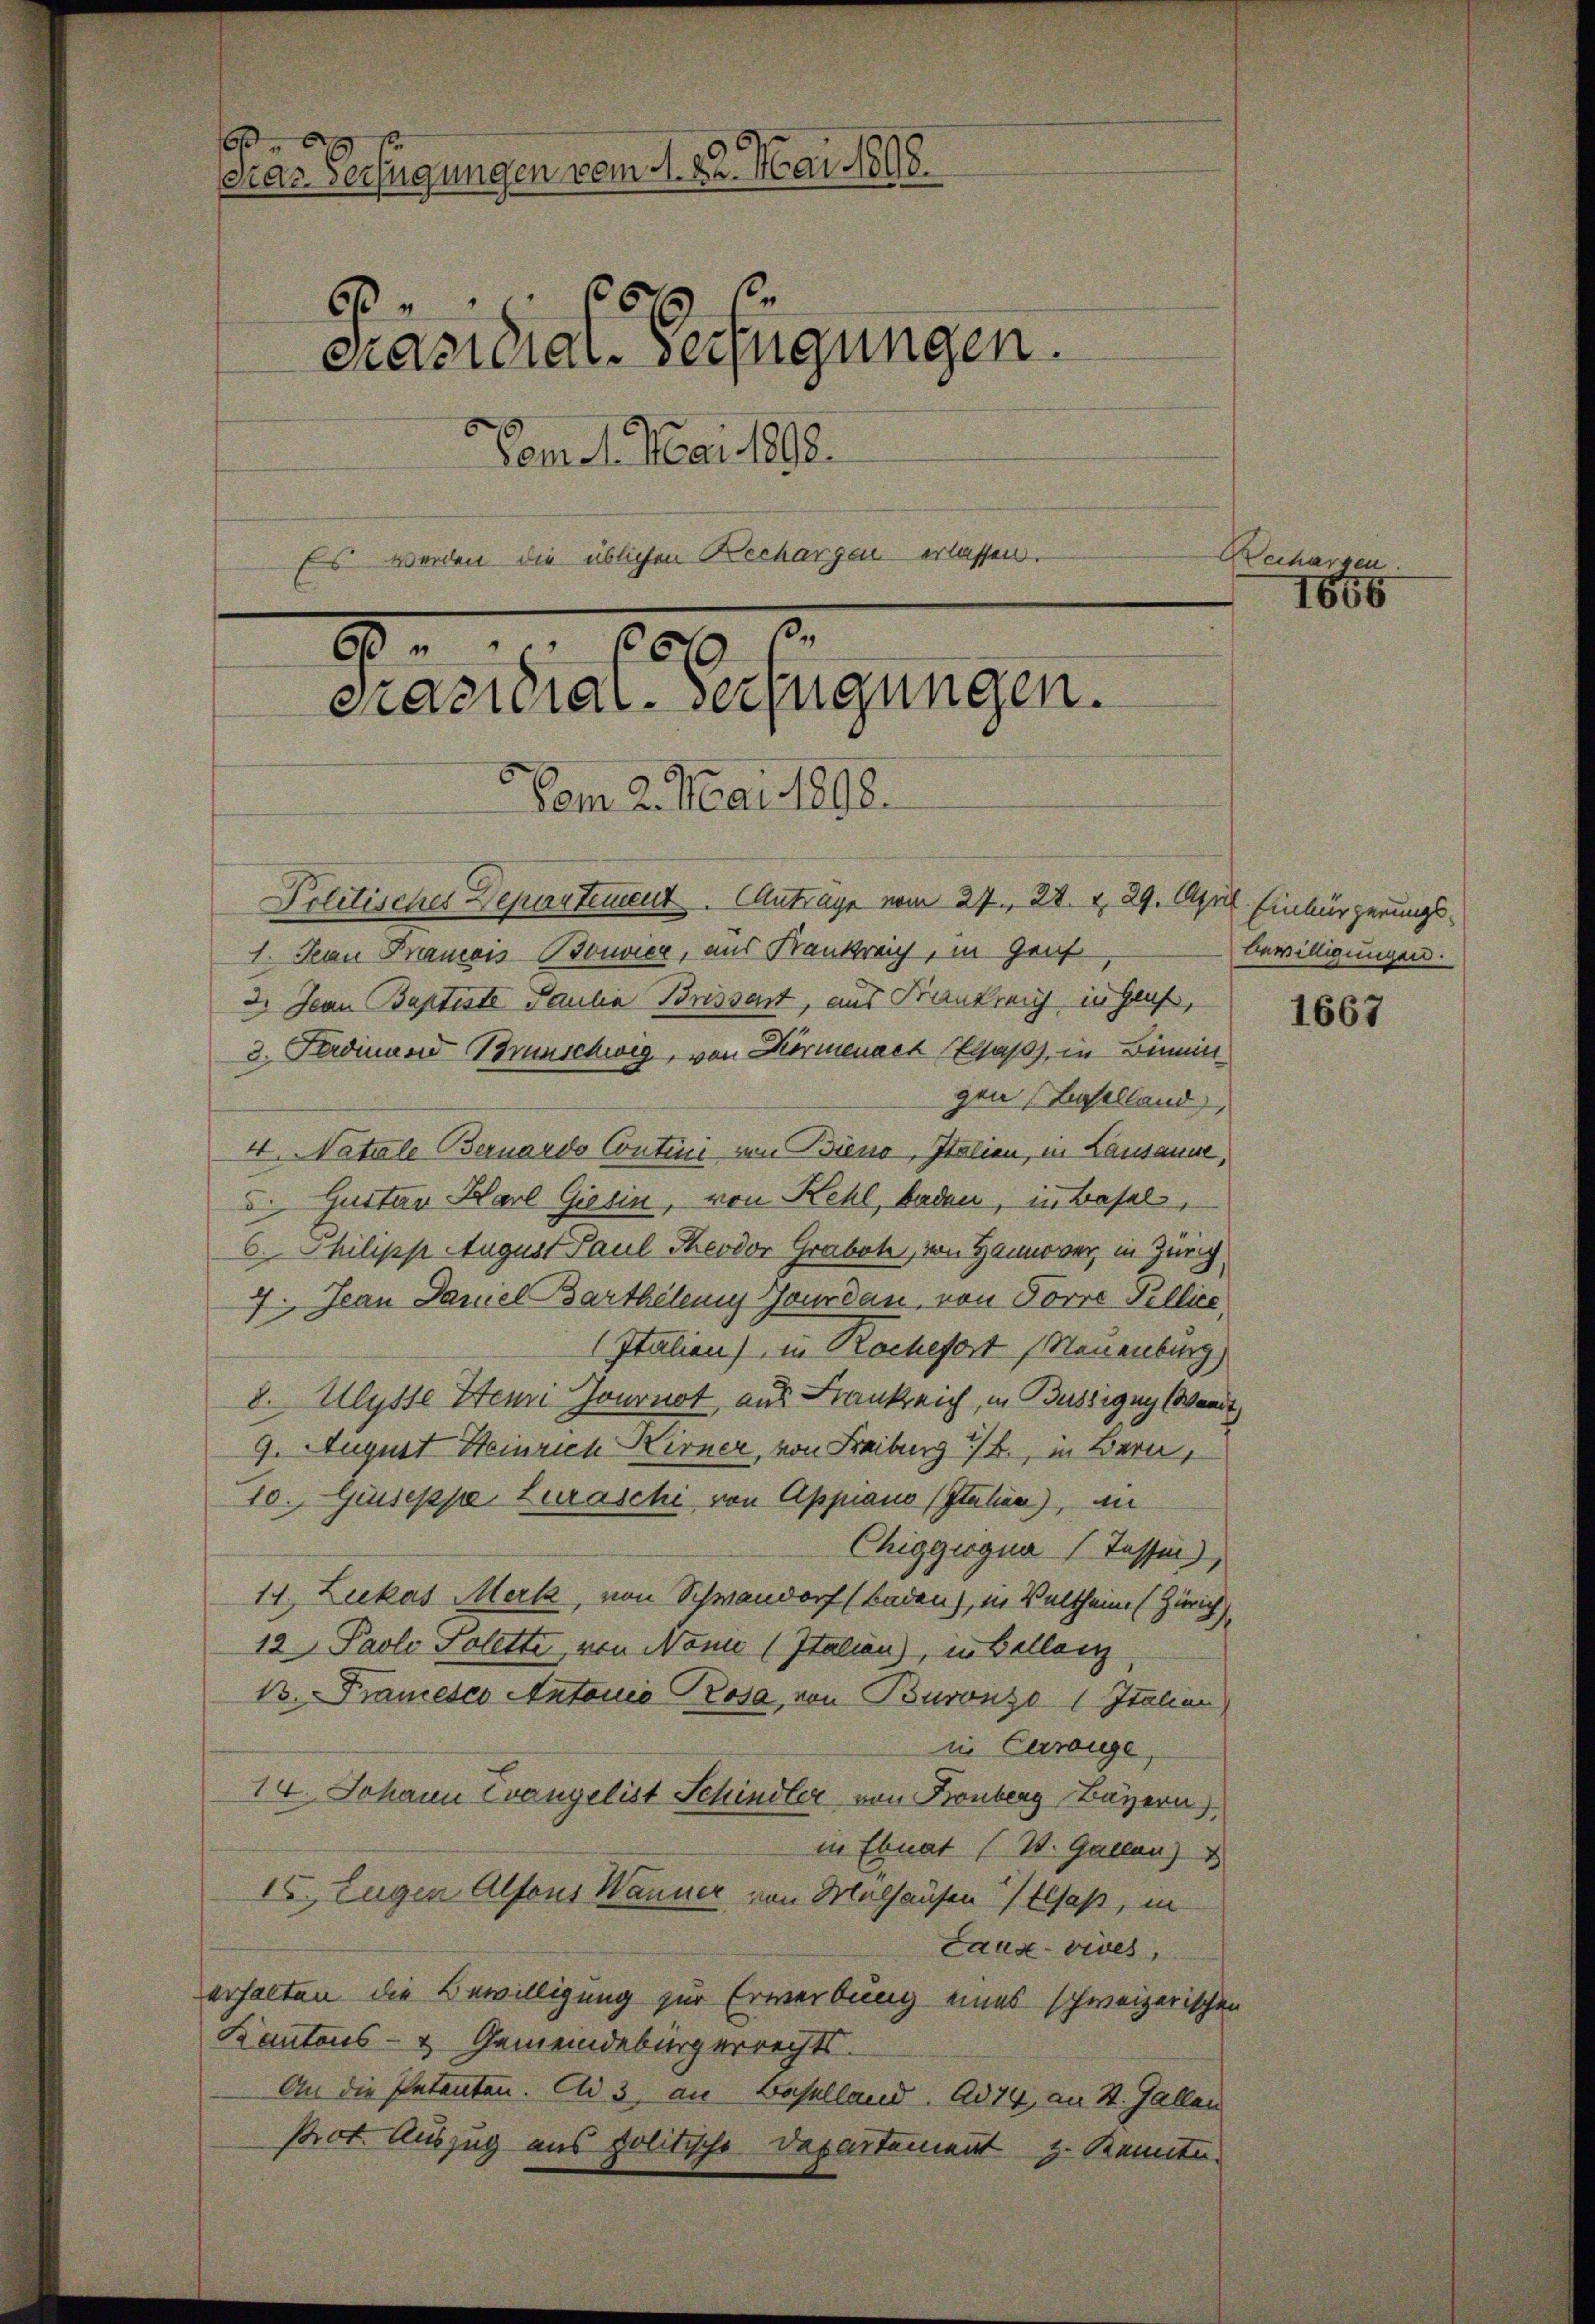
eiar Verfügungen vom 1. 22. Mai 1898.
26
6
Präsidial-Verfügungen.
Vom 1. Mai 1898.

Es werden die üblichen Bechargen erlassen.

200
80
Präsidial-Verfügungen.

Vom 2. Mai 1898.
Politisches Departement. Antrage vom 27. 28. v. 29. April. Einbürgerungs¬
1. Jean Premois Bonvier, aus Frankreich, in Geis
3. Jean Baptiste Paulia Brissent, aus Frankreich in Haus,
3. Ferdinand Brunschwig, von Körmenach Elsaß, in Binnen
gen Baselland
4. Natale Bernardo Contini von Bieno, Italien, in Lausanne,
. Gustav Karl Giesin, von Kehl, baden, in Basel,
b. Philipp August Paul Theodor Graben, von Hanover, in Zürich
7. Jean Damel darthelemy Jourdan, von Forre Tillice
Italien) in Rochefort (Neuenburg
8. Ulysse Hemi Journot, aus Frankreich, in Bussigug (Wendt
9. August Heinrich Kirner, von Freiburg i/B., in Bern,
10. Geiseppe Zuraschi von Appiano (Italien), an
Chiggiogna Tassen),
11. Lukas Merk, von Schwandorf (Baden), in Waltheim (Zürich
12 Paolo Solette, von Nonne (Italien), in Bellanz
13. Francesco Antonio Prosa, von Buronzo 1 Italien
in Carige,
14. Johann Evangelist Schindler von Bonberg Bayern)
in Ebnat (T. Gallen)
15. Eugen Alfons Wanner von Malhausen Elsaß, in
Laux-vives,
erhalten die Bewilligung zur Erwerbung eines schweizerischen
Kantons- & Gemeindebürgerrechts.
An die Patenten. End 3, an Baselland. Ad 74, an St. Gallen
Prot. Auszug aus politische Departement z. Kennte.

Dechargen.

1666

bewilligungen.

1667